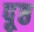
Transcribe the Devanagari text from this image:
पृ्ष्ठ